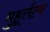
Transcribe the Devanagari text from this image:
मुहूर्तत्व